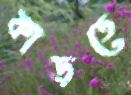
কাড়তে